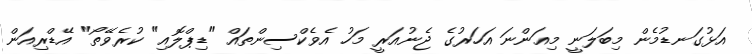
އަޅުގަނޑުމެން މިބަލަނީ މިއަންނަ އަހަރުގެ ޖެނުއަރީ މަހު އެވެކްސިންތައް "ޑިޕްލޮއި" ކުރެވޭތޯ" އޭޑްރިއަން